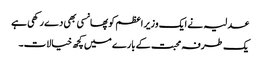
عدلیہ نے ایک وزیر اعظم کو پھانسی بھی دے رکھی ہے
یک طرفہ محبت کے بارے میں کچھ خیالات۔